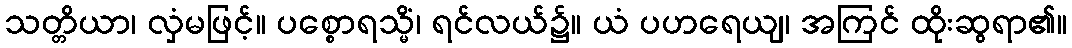
သတ္တိယာ၊ လှံမဖြင့်။ ပစ္စောရသ္မိံ၊ ရင်လယ်၌။ ယံ ပဟရေယျ၊ အကြင် ထိုးဆွရာ၏။